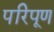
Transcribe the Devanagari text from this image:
परिपूण